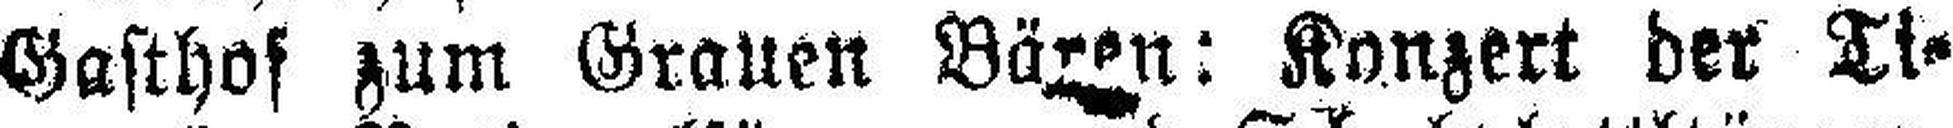
Gasthof zum Grauen Bären: Konzert der Ti¬